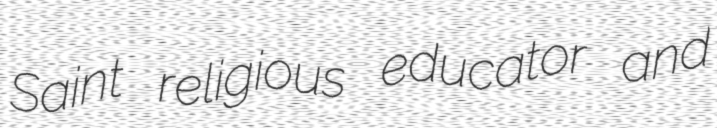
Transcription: Saint religious educator and